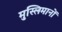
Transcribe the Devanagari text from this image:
मुस्लिमानों